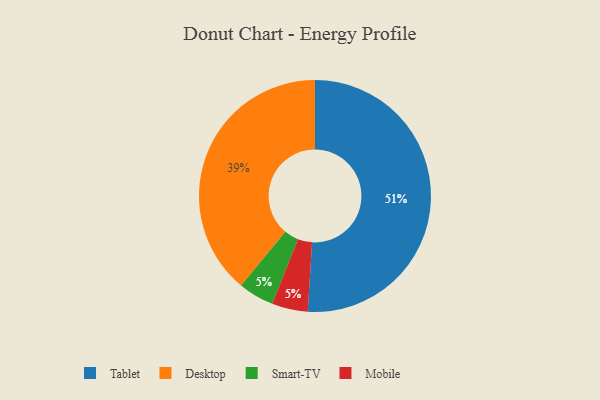
{"axis": {"x": "Category", "y": "Percentage"}, "legend": ["Desktop", "Mobile", "Smart-TV", "Tablet"], "data": [{"x": "Tablet", "y": 51, "type": "Tablet"}, {"x": "Desktop", "y": 39, "type": "Desktop"}, {"x": "Smart-TV", "y": 5, "type": "Smart-TV"}, {"x": "Mobile", "y": 5, "type": "Mobile"}]}